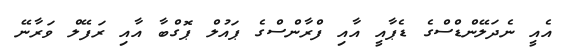
އެއީ ނެދަލޭންޑްސްގެ ޑެޕާއީ އާއި ފްރާންސްގެ ޕައުލް ޕޮގްބާ އާއި ރަފޭލް ވަރާނޭ